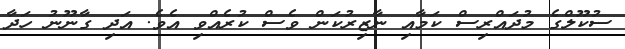
ސުކޫލްގެ މުދައްރިސް ކަމާއި ނާޒިރުކަން ވެސް ކުރެއްވި އެވެ. އަދި ގާނޫނު ހަދާ